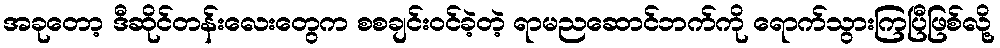
အခုတော့ ဒီဆိုင်တန်းလေးတွေက စစချင်းဝင်ခဲ့တဲ့ ရာမညဆောင်ဘက်ကို ရောက်သွားကြပြီဖြစ်လို့